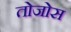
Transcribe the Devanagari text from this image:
तोजोस